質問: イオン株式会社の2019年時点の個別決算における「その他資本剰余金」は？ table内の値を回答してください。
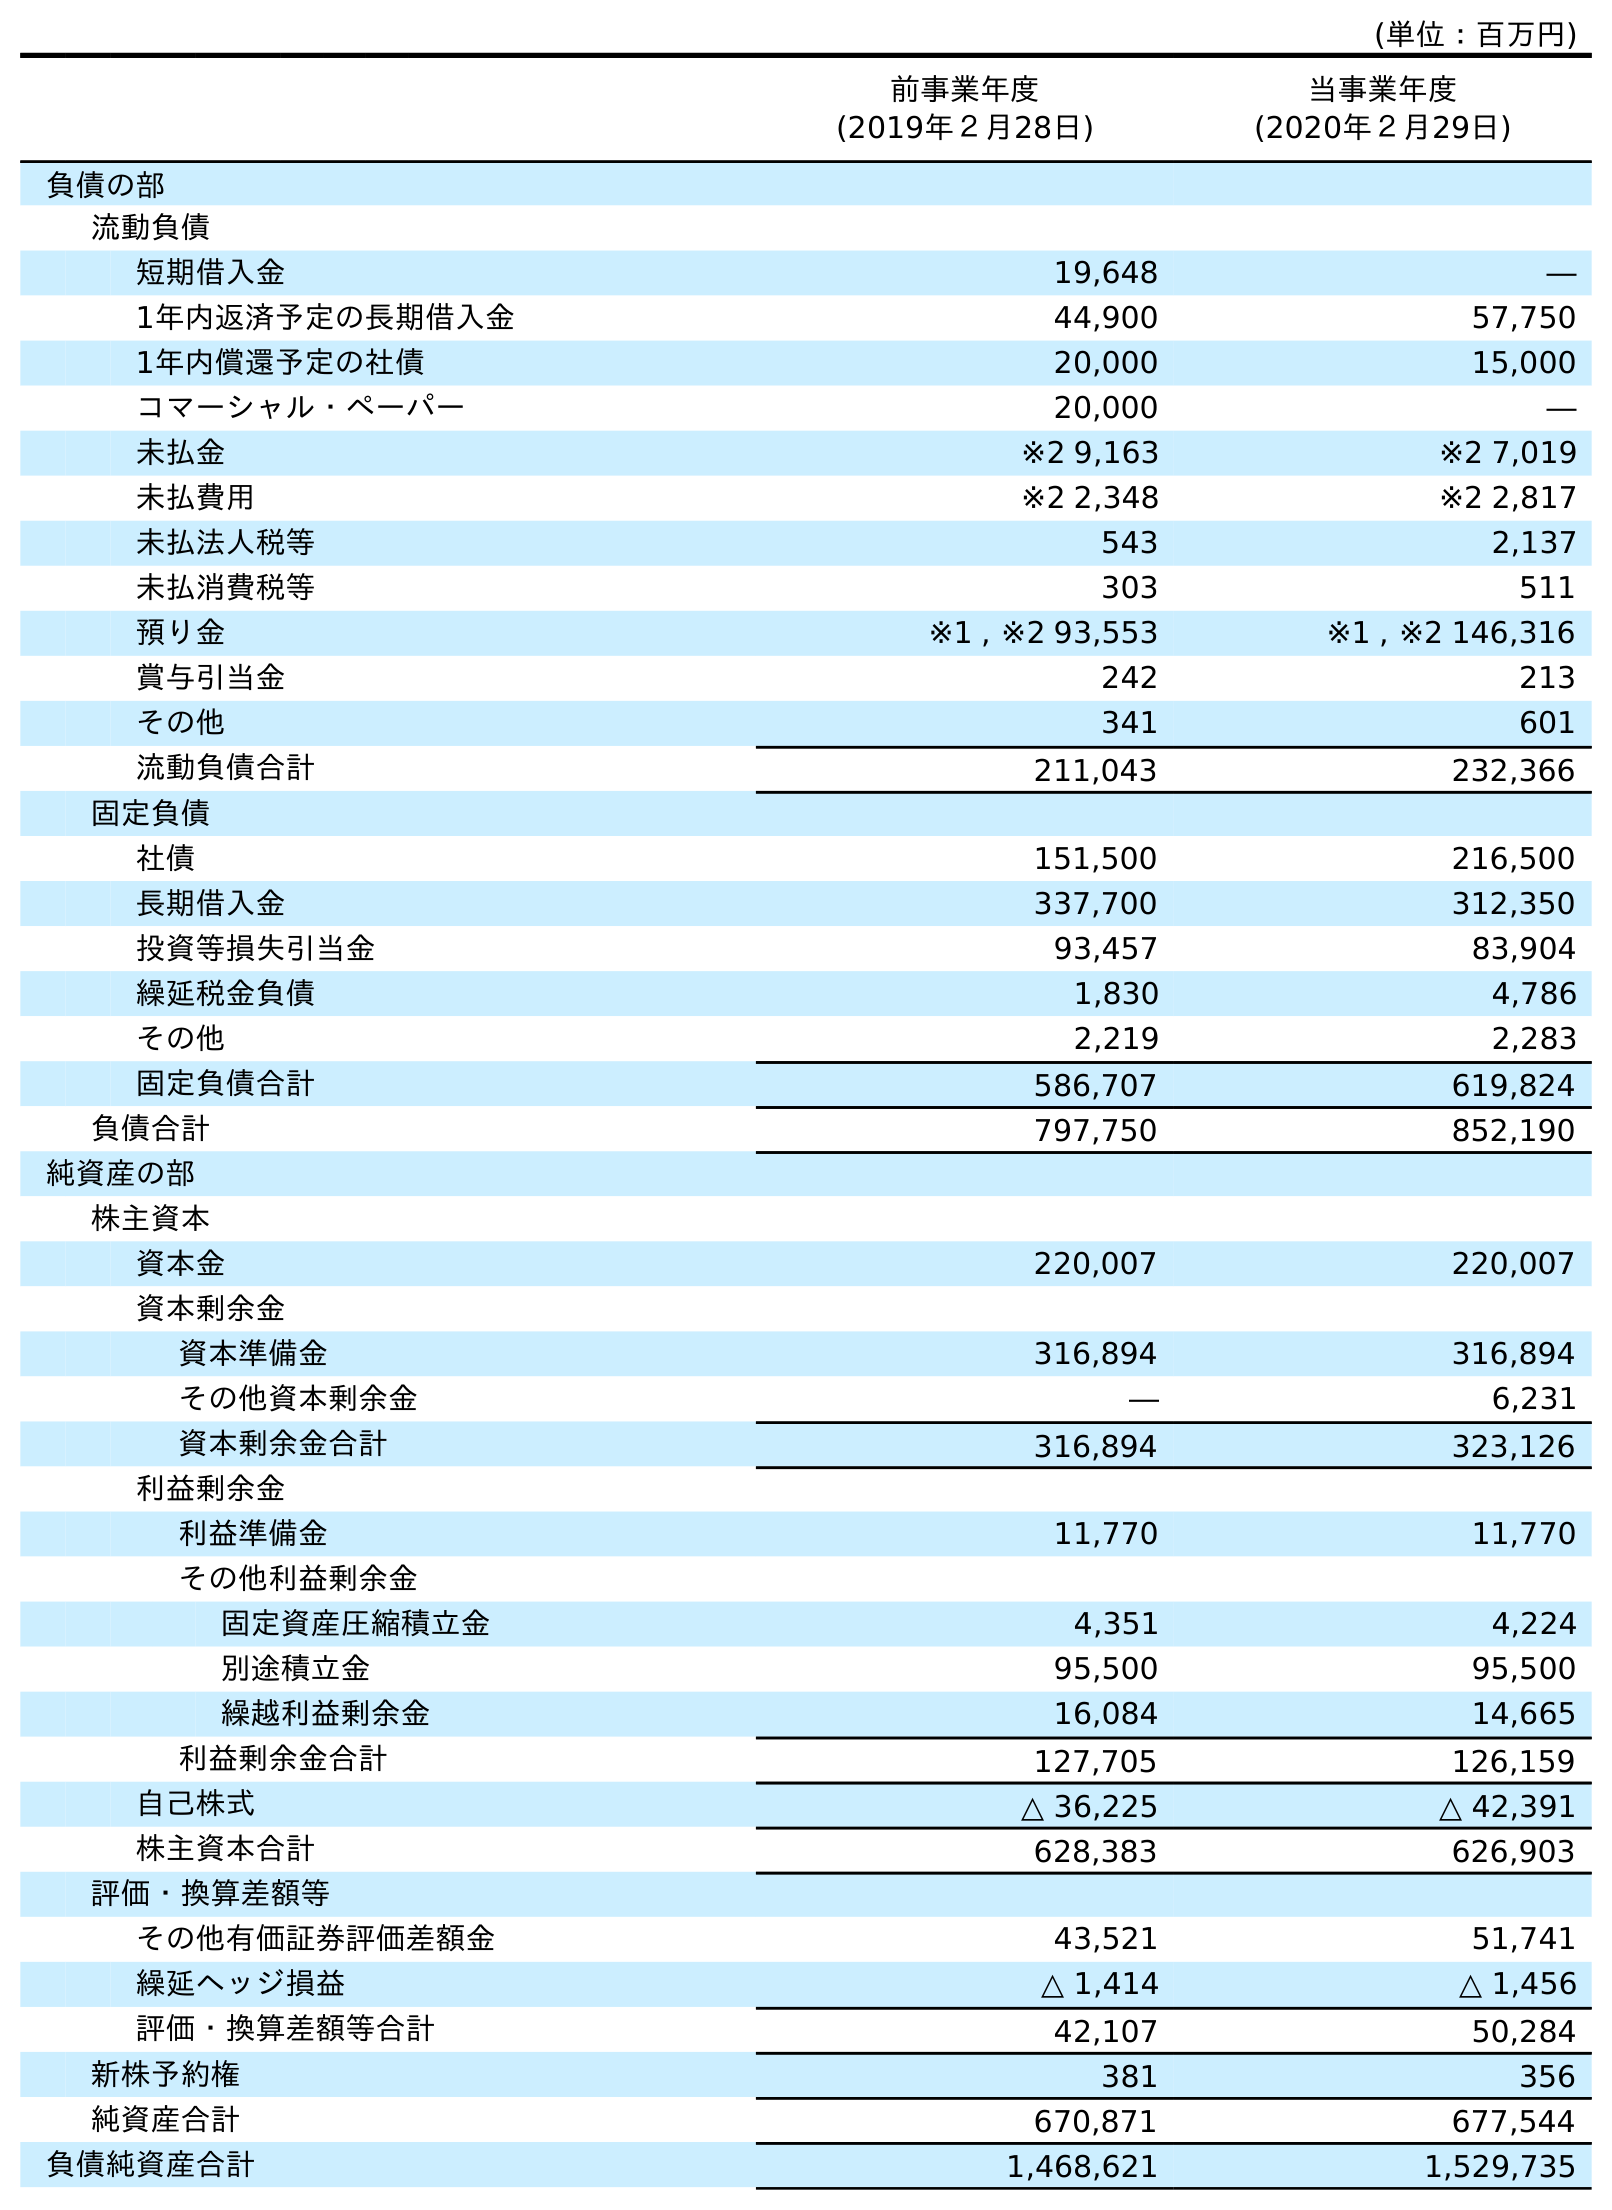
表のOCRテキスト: (単位：百万円) 前事業年度 (2019年２月28日) 当事業年度 (2020年２月29日) 負債の部 流動負債 短期借入金 19,648 ― 1年内返済予定の長期借入金 44,900 57,750 1年内償還予定の社債 20,000 15,000 コマーシャル・ペーパー 20,000 ― 未払金 ※2 9,163 ※2 7,019 未払費用 ※2 2,348 ※2 2,817 未払法人税等 543 2,137 未払消費税等 303 511 預り金 ※1 , ※2 93,553 ※1 , ※2 146,316 賞与引当金 242 213 その他 341 601 流動負債合計 211,043 232,366 固定負債 社債 151,500 216,500 長期借入金 337,700 312,350 投資等損失引当金 93,457 83,904 繰延税金負債 1,830 4,786 その他 2,219 2,283 固定負債合計 586,707 619,824 負債合計 797,750 852,190 純資産の部 株主資本 資本金 220,007 220,007 資本剰余金 資本準備金 316,894 316,894 その他資本剰余金 ― 6,231 資本剰余金合計 316,894 323,126 利益剰余金 利益準備金 11,770 11,770 その他利益剰余金 固定資産圧縮積立金 4,351 4,224 別途積立金 95,500 95,500 繰越利益剰余金 16,084 14,665 利益剰余金合計 127,705 126,159 自己株式 △ 36,225 △ 42,391 株主資本合計 628,383 626,903 評価・換算差額等 その他有価証券評価差額金 43,521 51,741 繰延ヘッジ損益 △ 1,414 △ 1,456 評価・換算差額等合計 42,107 50,284 新株予約権 381 356 純資産合計 670,871 677,544 負債純資産合計 1,468,621 1,529,735
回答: ―